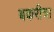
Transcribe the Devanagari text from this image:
बकरीचा